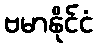
ဗမာနိုင်ငံ